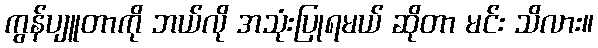
ကွန်ပျူတာကို ဘယ်လို အသုံးပြုရမယ် ဆိုတာ မင်း သိလား။